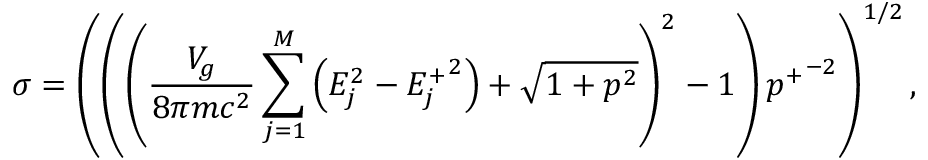
\sigma = \left( \left( \left( \frac { V _ { g } } { 8 \pi m c ^ { 2 } } \sum _ { j = 1 } ^ { M } \left( E _ { j } ^ { 2 } - { E _ { j } ^ { + } } ^ { 2 } \right) + \sqrt { 1 + p ^ { 2 } } \right) ^ { 2 } - 1 \right) { p ^ { + } } ^ { - 2 } \right) ^ { 1 / 2 } ,